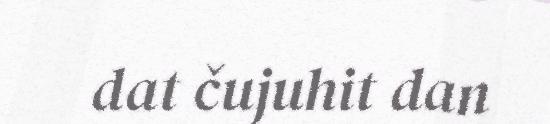
dat čujuhit dan